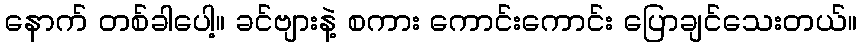
နောက် တစ်ခါပေါ့။ ခင်ဗျားနဲ့ စကား ကောင်းကောင်း ပြောချင်သေးတယ်။